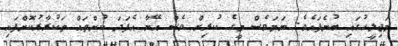
މަޖިލީހުގައި ބުނެފައެވެ. ނަމަވެސް މީގެ ކުރިން ވެސް އޭނާ އެފަދަ ކުށްތައް ތަކުރާރުކޮށްފައި